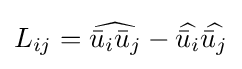
L_{ij}={\widehat {{\bar {u}}_{i}{\bar {u}}_{j}}}-{\widehat {{\bar {u}}_{i}}}{\widehat {{\bar {u}}_{j}}}